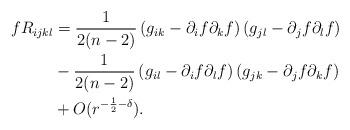
LaTeX: \begin{align*} f R_{i j k l} &=\frac{1}{2(n-2)}\left(g_{i k}-\partial_i f \partial_k f\right)\left(g_{j l}-\partial_j f \partial_l f\right) \\ &-\frac{1}{2(n-2)}\left(g_{i l}-\partial_i f \partial_l f\right)\left(g_{j k}-\partial_j f \partial_k f\right)\\ &+O(r^{-\frac{1}{2}-\delta}).\end{align*}